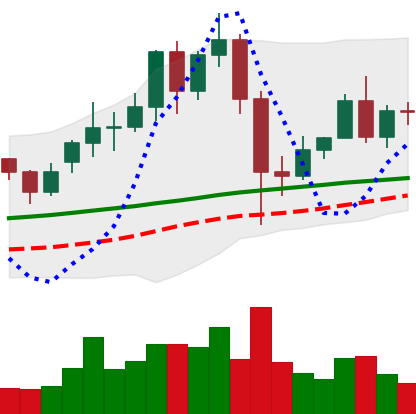
Ticker: LINK-USD
Chart end date: 2020-12-03
Forward return: -13.088%
Label: down_7plus